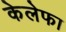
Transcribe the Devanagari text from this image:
केलेफा